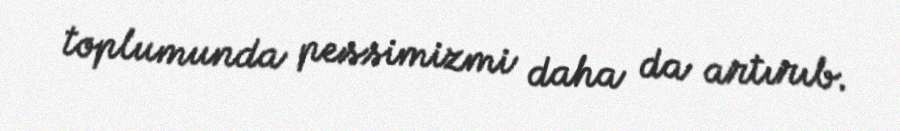
toplumunda pessimizmi daha da artırıb.